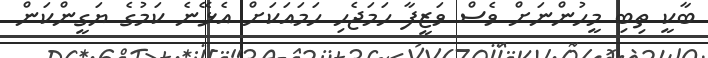
ބާކީ ތިބި މީހުންނަށް ވެސް ވަޒީފާ ހަމަޖެހި ހަމައަކަށް އެޅޭނެ ކަމުގެ ޔަގީންކަން